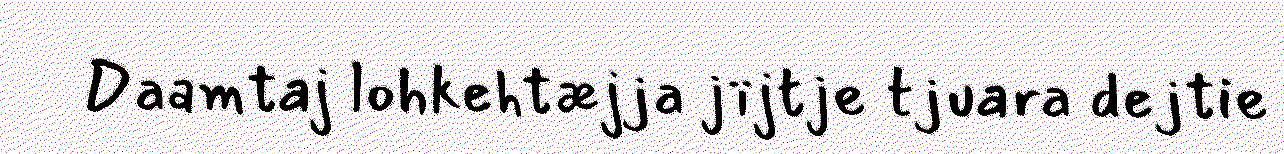
Daamtaj lohkehtæjja jïjtje tjuara dejtie